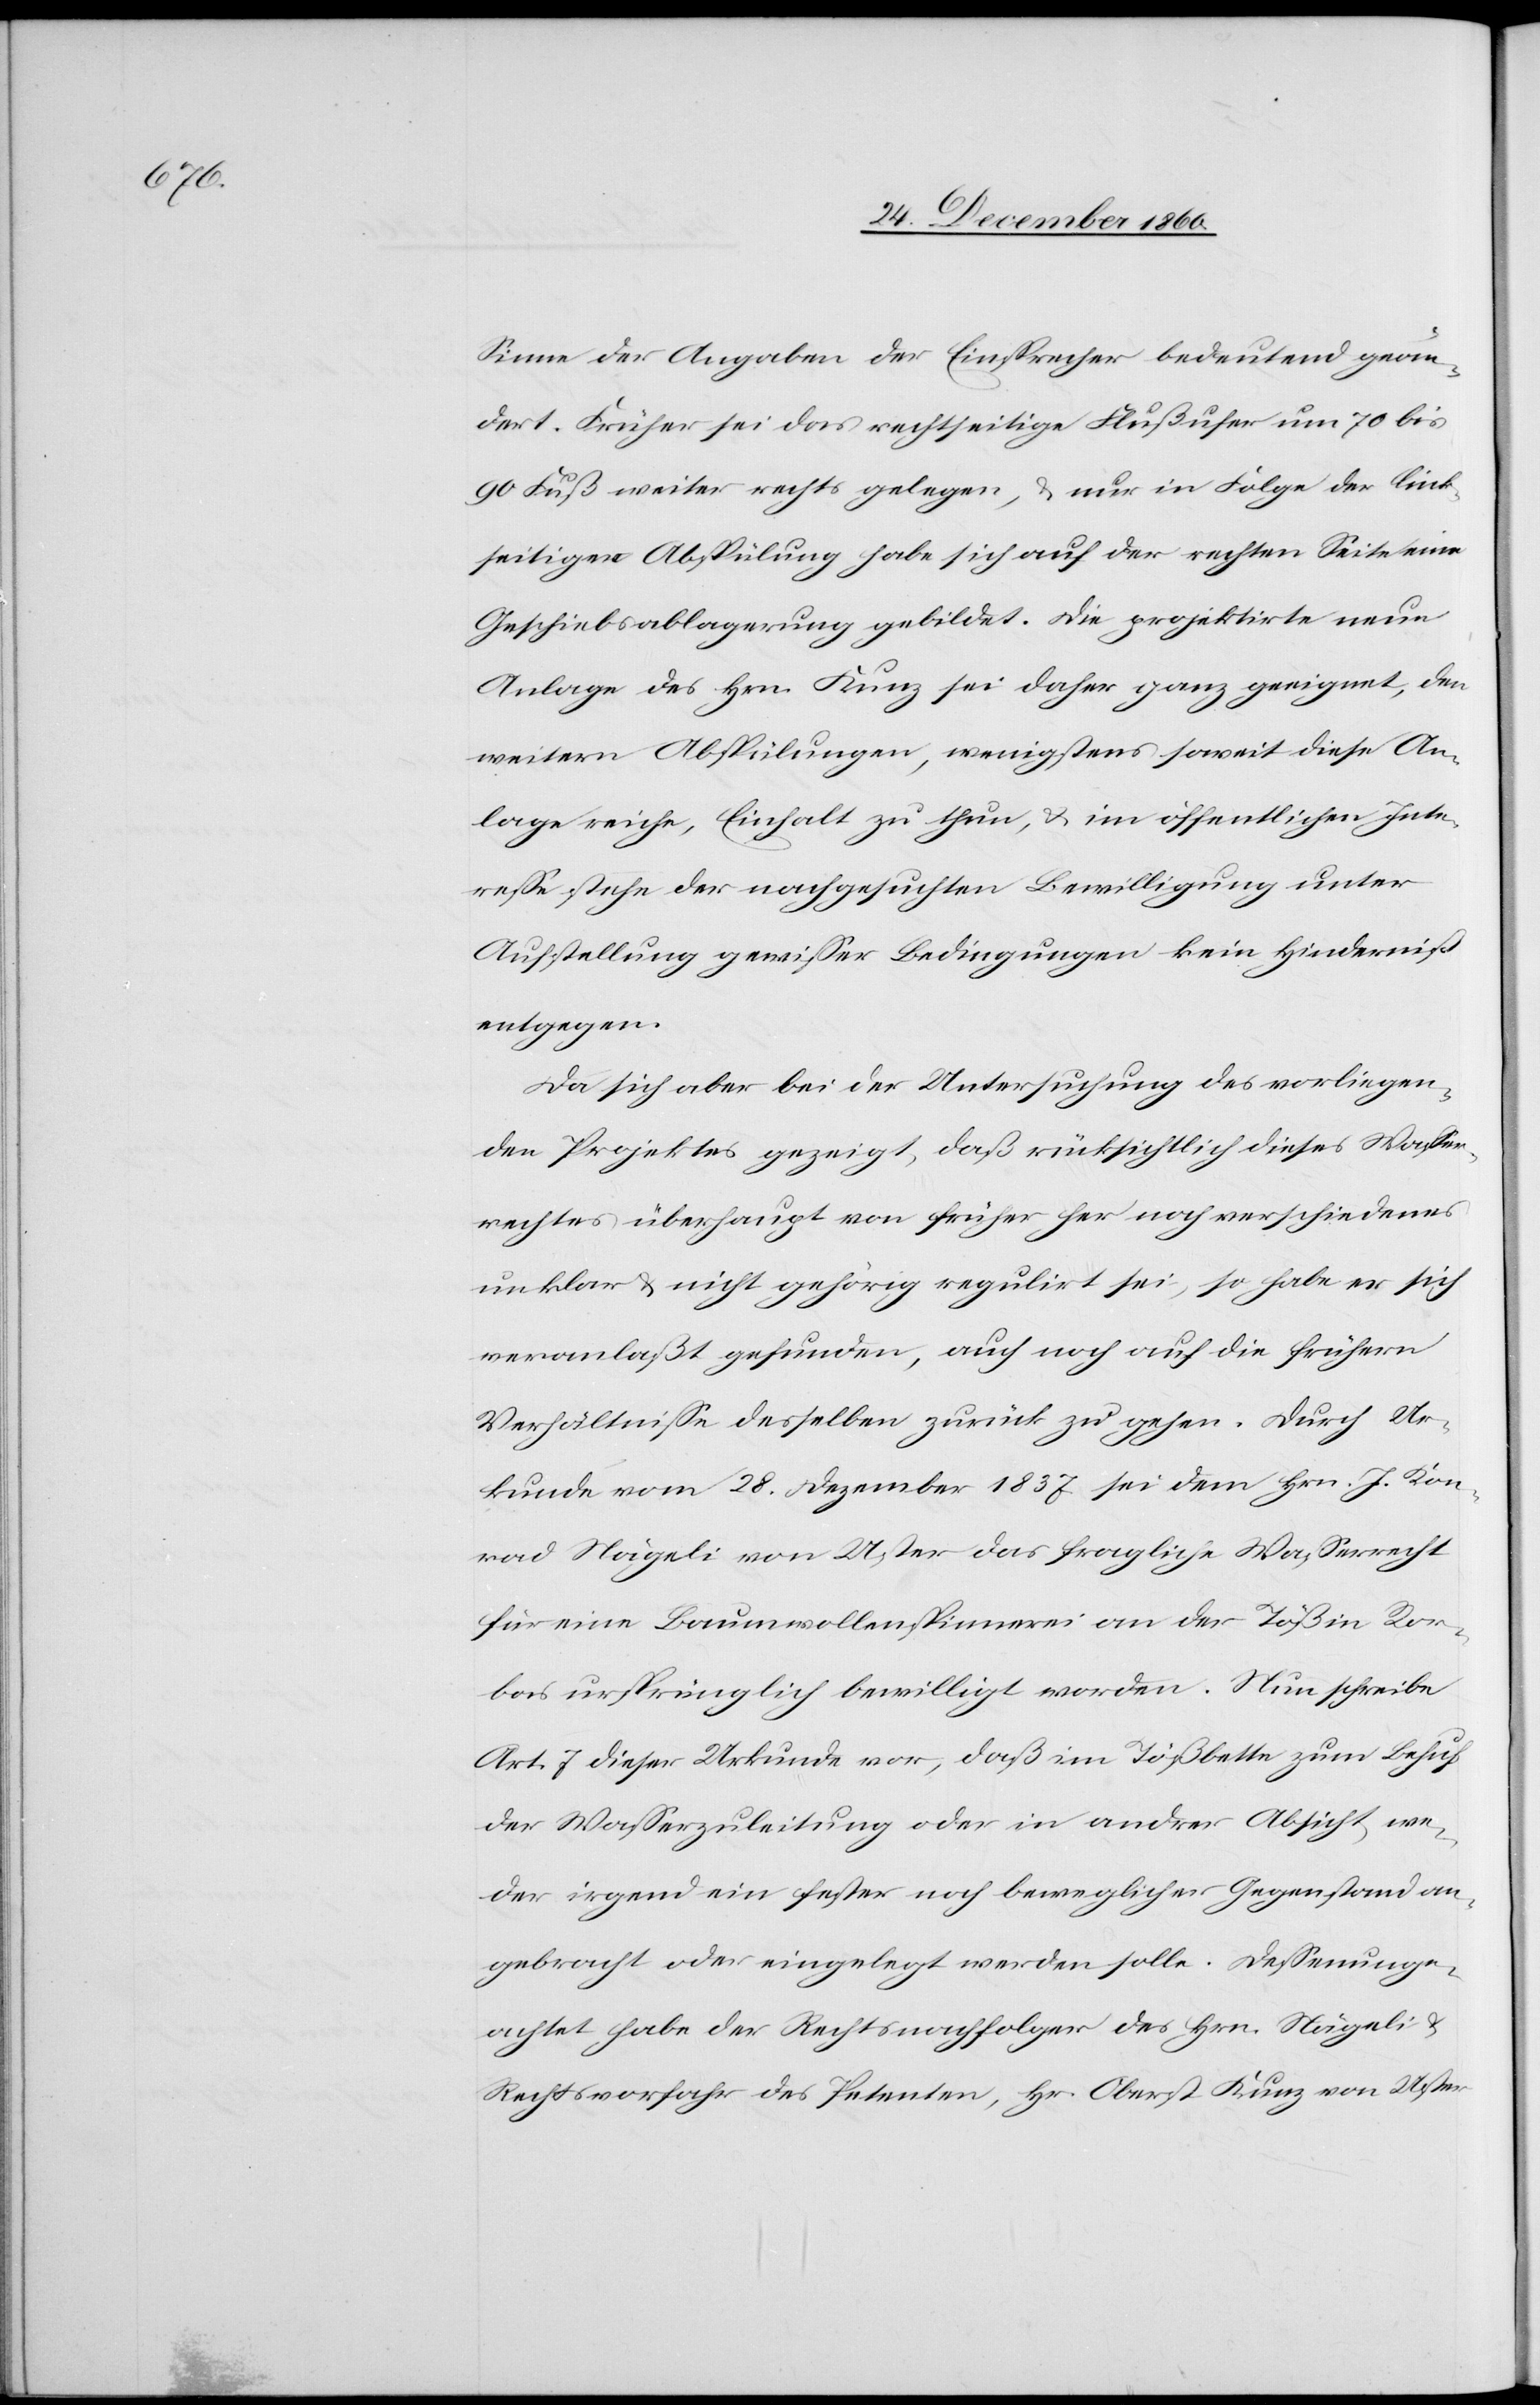
bas

Sinne der Angabe der Einsprecher bedeutend geän¬
dert. Früher sei das rechtseitige Flußufer um 70 bis
90 Fuß weiter rechts gelegen, u. nur in Folge der link¬
seitigen Abspülung habe sich auf der rechten Seite eine
Geschiebsablagerung gebildet. Die projektirte neue
Anlage des Hrn. Kunz sei daher ganz geeignet, den
weitern Abspülungen, wenigstens soweit diese An¬
lage reiche, Einhalt zu thun, u. im öffentlichen Inte¬
resse stehe der nachgesuchten Bewilligung unter
Aufstellung gewisser Bedingungen kein Hinderniß
entgegen.
Da sich aber bei der Untersuchung des vorliegen¬
den Projektes gezeigt, daß rücksichtlich dieses Wasser¬
rechtes überhaupt von früher her noch verschiedenes
unklar u. nicht gehörig regulirt sei, so habe er sich
veranlaßt gefunden, auch noch auf die frühern
Verhältnisse desselben zurück zu gehen. Durch Ur¬
kunde vom 28. Dezember 1837 sei dem Hrn. J. Kon¬
rad Nägeli von Uster das fragliche Wasserrecht
für eine Baumwollenspinnerei an der Töß in Ror¬
ursprünglich bewilligt worden. Nun schreibe
Art. 7 dieser Urkunde vor, daß im Tößbette zum Behuf
der Wasserzuleitung oder in andrer Ansicht we¬
der irgend ein fester noch beweglicher Gegenstand an¬
gebracht oder eingelegt werden solle. Dessenunge¬
achtet habe der Rechtsnachfolger des Hrn. Nägeli u.
Rechtsvorfahr des Petenten, Hr. Oberst Kunz von Uster